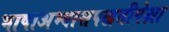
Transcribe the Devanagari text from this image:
भाषाअभ्यासपद्धतीपेक्षा